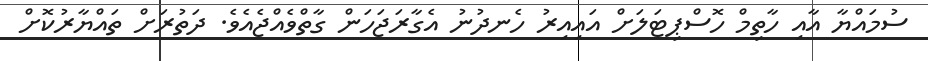
ސުމައްޔާ އާއި ހާތިމް ހޮސްޕިޓަލަށް އައިއިރު ހެނދުނު އެގާރަޖަހަން ގާތްވެއްޖެއެވެ. ދަތުރަށް ތައްޔާރުކޮށް